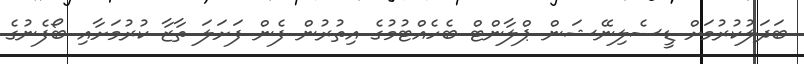
ބަދަލުކުރުމަށް ޑީސެލިނޭޝަން ޕްލާންޓް ބެހެއްޓުމުގެ އިތުރުން ފެން ފަށަލަ ތާޒާ ކުރުމަށާއި ބޯފެނުގެ